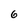
Character: 6